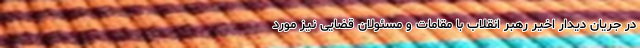
در جریان دیدار اخیر رهبر انقلاب با مقامات و مسئولان قضایی نیز مورد